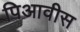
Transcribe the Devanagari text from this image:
पिआवीस